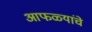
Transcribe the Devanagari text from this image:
आफळ्यांचे